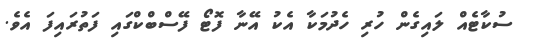
ސުކާޓެއް ލައިގެން ހުރި ހެދުމަކާ އެކު އޭނާ ފޮޓޯ ފޭސްބްކްގައި ފަތުރައިފަ އެވެ.